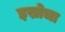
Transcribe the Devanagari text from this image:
इस्रोचा